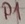
Text: P1